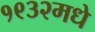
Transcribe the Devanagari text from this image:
१९३२मधे